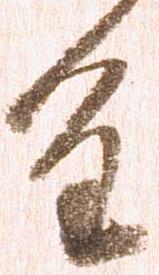
重